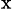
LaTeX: _\mathrm{x}